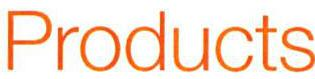
Products